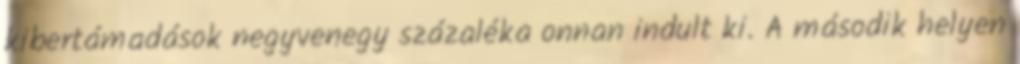
kibertámadások negyvenegy százaléka onnan indult ki. A második helyen